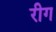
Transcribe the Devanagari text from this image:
रीग